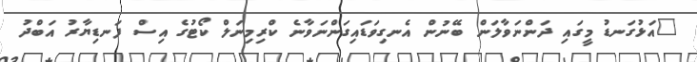
"އަޅުގަނޑު މީގައި ދަންނަވާލަން ބޭނުން އެނގިވަޑައިގަންނަވާނެ ކްރިމިނަލް ކޯޓުގެ އިސް ފަނޑިޔާރު އަބްދު